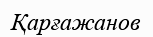
Қарғажанов